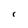
Character: i